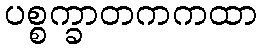
ပစ္စက္ခာတကကထာ